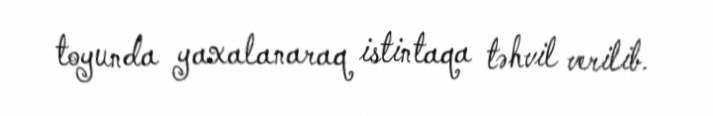
toyunda yaxalanaraq istintaqa təhvil verilib.